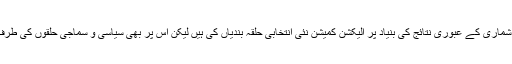
ایک آئینی ترمیم کے ذریعے مردم شماری کے عبوری نتائج کی بنیاد پر الیکشن کمیشن نئی انتخابی حلقہ بندیاں کی ہیں لیکن اس پر بھی سیاسی و سماجی حلقوں کی طرف سے تحفظات سامنے آ چکے ہیں۔